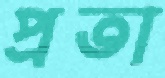
প্রতা